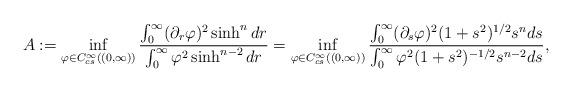
LaTeX: \begin{align*}A:=\inf_{\varphi\in C^{\infty}_{cs}((0,\infty))}\frac{\int_{0}^{\infty} (\partial_r\varphi)^2\sinh^ndr}{\int_{0}^{\infty} \varphi^2\sinh^{n-2}dr}=\inf_{\varphi\in C^{\infty}_{cs}((0,\infty))}\frac{\int_{0}^{\infty} (\partial_s\varphi)^2(1+s^2)^{1/2}s^nds}{\int_{0}^{\infty} \varphi^2(1+s^2)^{-1/2}s^{n-2}ds},\end{align*}